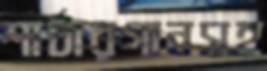
শার্টারগানসহ